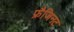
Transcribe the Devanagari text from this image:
फ्रैजिनट